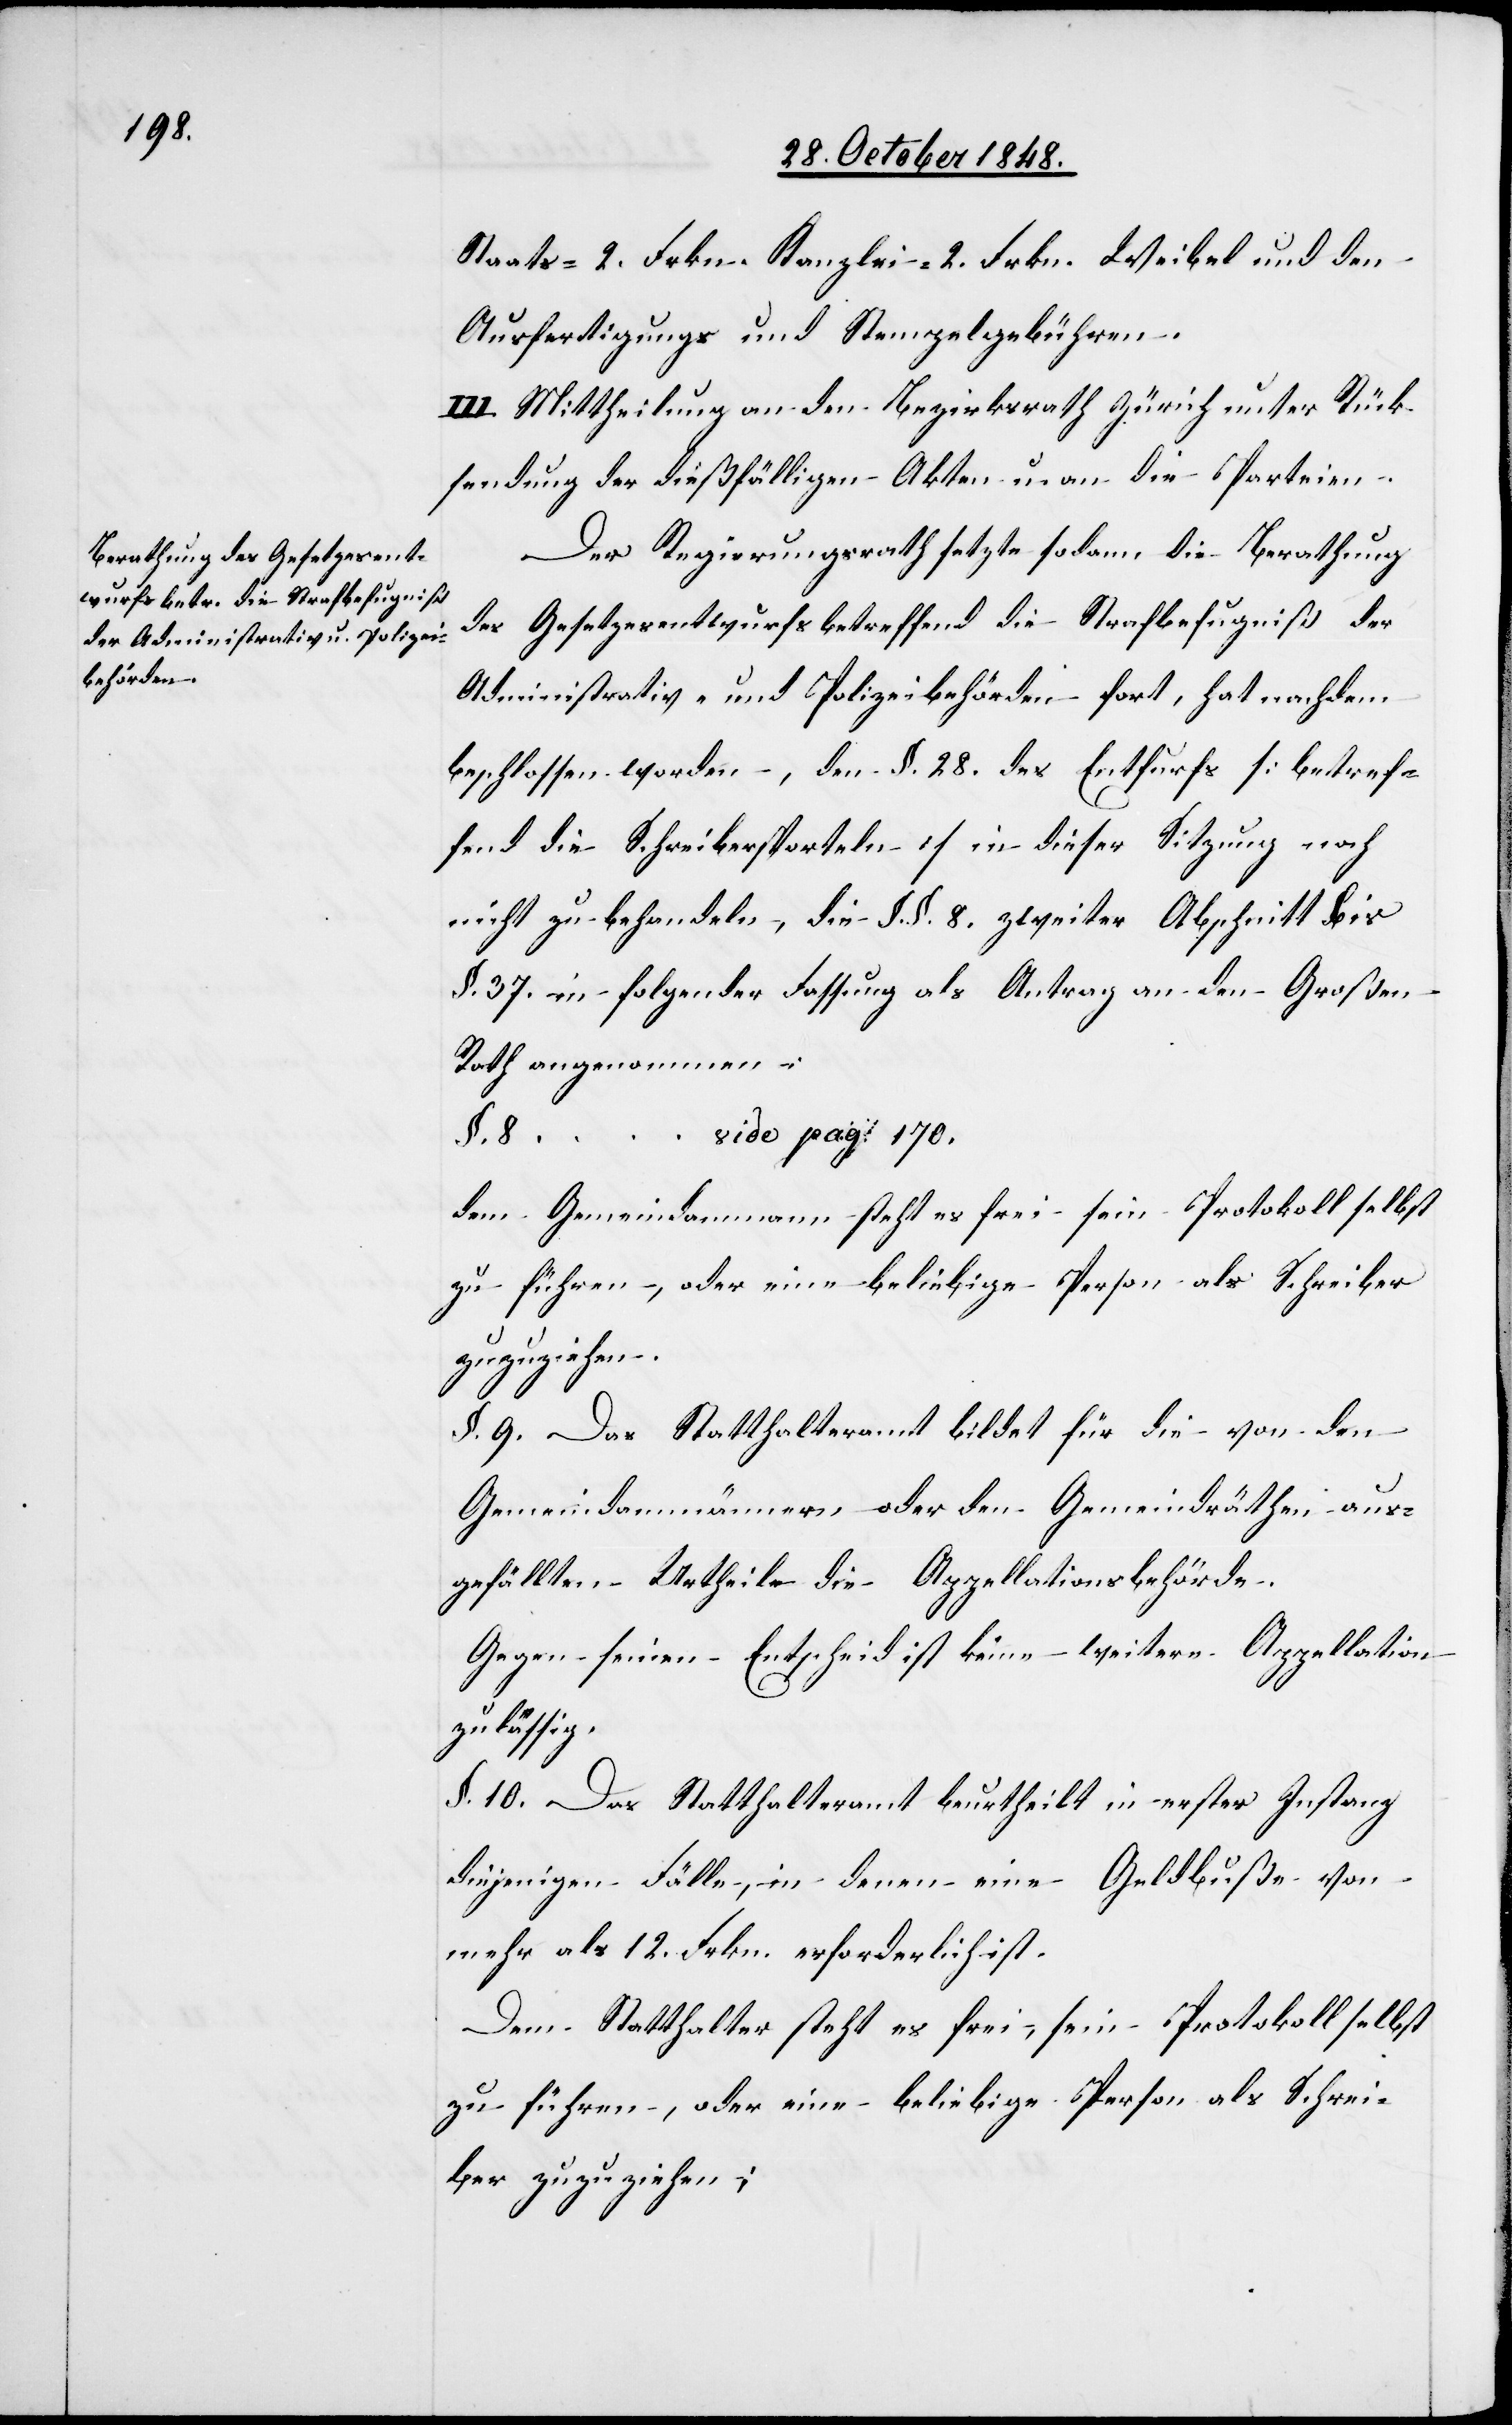
Staats- 2. Frkn. Kanzlei. 2. Frkn. Weibel und den
Ausfertigungs und Stempelgebühren.
III. Mittheilung an den Bezirksrath Zürich unter Rück¬
sendung der dießfälligen Akten u. an die Parteien.
Der Regierungsrath setzte sodann die Berathung
des Gesetzesentwurfs betreffend die Strafbefugniß der
Administrativ- und Polizeibehörden fort, hat nachdem
beschlossen worden, den §. 28. des Entfurfs [sic!] [betref¬
fend die Schreibersporteln] in dieser Sitzung noch
nicht zu behandeln, die §. §. 8. zweiter Abschnitt bis
§. 37. in folgender Fassung als Antrag an den Großen
Rath angenommen:
§. 8.
vide pag. 170.
dem Gemeindammann steht es frei sein Protokoll selbst
zu führen, oder eine beliebige Person als Schreiber
zuzuziehen.
§. 9. Das Statthalteramt bildet für die von den
Gemeindammännern oder den Gemeindräthen aus¬
gefällten Urtheil die Appellationsbehörde.
Gegen seinen Entscheid ist keine weitere Appellation
zulässig.
§. 10. Das Statthalteramt beurtheilt in erster Instanz
diejenigen Fälle, in denen eine Geldbuße von
mehr als 12. Frkn. erforderlich ist.
Dem Statthalter steht es frei, sein Protokoll selbst
zu führen, oder eine beliebige Person als Schrei¬
ber zuzuziehen;